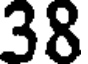
38